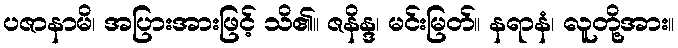
ပဇာနာမိ၊ အပြားအားဖြင့် သိ၏။ ဇနိန္ဒ၊ မင်းမြတ်။ နရာနံ၊ လူတို့အား။